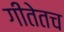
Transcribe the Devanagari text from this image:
गीतेतच